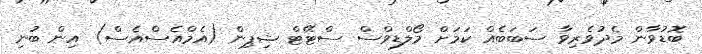
ބޮޑުވާން މެދުވެރިވާ ސަބަބެއް ކަމަށް މޯލްޑިވްސް ސްޓޭޓް ޝިޕިން (އެމްއެސްއެސް) އިން ބުނި